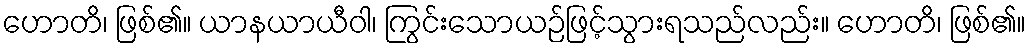
ဟောတိ၊ ဖြစ်၏။ ယာနယာယီဝါ၊ ကြွင်းသောယဉ်ဖြင့်သွားရသည်လည်း။ ဟောတိ၊ ဖြစ်၏။